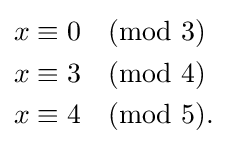
{\begin{aligned}x&\equiv 0{\pmod {3}}\\x&\equiv 3{\pmod {4}}\\x&\equiv 4{\pmod {5}}.\end{aligned}}